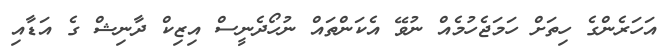
އަހަރެންގެ ހިތަށް ހަމަޖެހުމެއް ނުވޭ އެކަންތައް ނުހޯދެނީސް އިޒިކް ދާނިޝް ގެ އަޑާއި